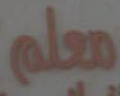
معلم